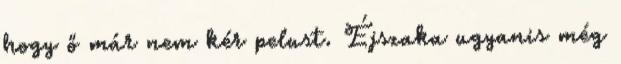
hogy ő már nem kér pelust. Éjszaka ugyanis még